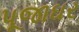
પૂજાઘર